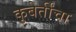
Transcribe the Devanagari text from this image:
कुबेर्तींचा